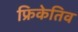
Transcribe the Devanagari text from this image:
फ्रिकेतिव